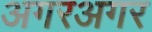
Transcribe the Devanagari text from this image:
अगरअगर